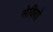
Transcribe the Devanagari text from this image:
सेवियो